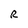
Character: R